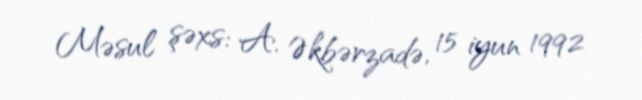
Məsul şəxs: A. Əkbərzadə, 15 iyun 1992